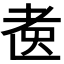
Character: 𱻫